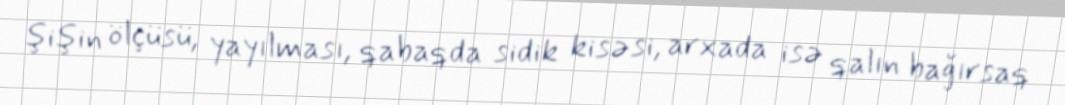
şişin ölçüsü, yayılması, qabaqda sidik kisəsi, arxada isə qalın bağırsaq